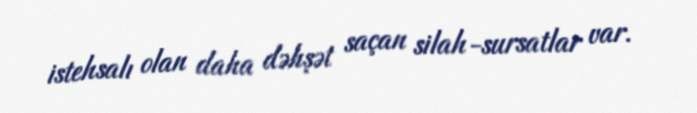
istehsalı olan daha dəhşət saçan silah-sursatlar var.